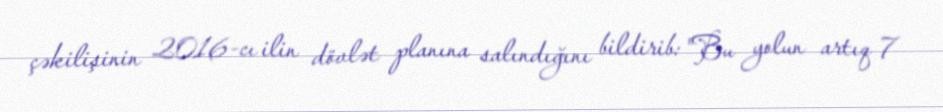
çəkilişinin 2016-cı ilin dövlət planına salındığını bildirib: "Bu yolun artıq 7